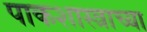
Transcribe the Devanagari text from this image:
पाकशास्त्राच्या